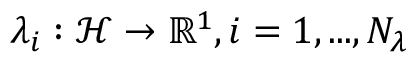
\lambda _ { i } : \mathcal { H } \rightarrow \mathbb { R } ^ { 1 } , i = 1 , . . . , N _ { \lambda }